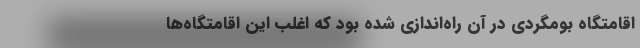
اقامتگاه بومگردي در آن راه‌اندازي شده بود كه اغلب اين اقامتگاه‌ها